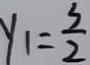
y _ { 1 } = \frac { 3 } { 2 }